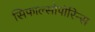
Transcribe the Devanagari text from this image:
सिफाल्सोपोरिन्स